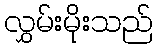
လွှမ်းမိုးသည်